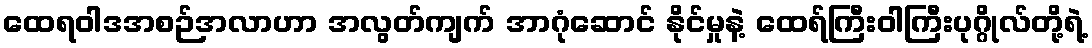
ထေရဝါဒအစဉ်အလာဟာ အလွတ်ကျက် အာဂုံဆောင် နိုင်မှုနဲ့ ထေရ်ကြီးဝါကြီးပုဂ္ဂိုလ်တို့ရဲ့